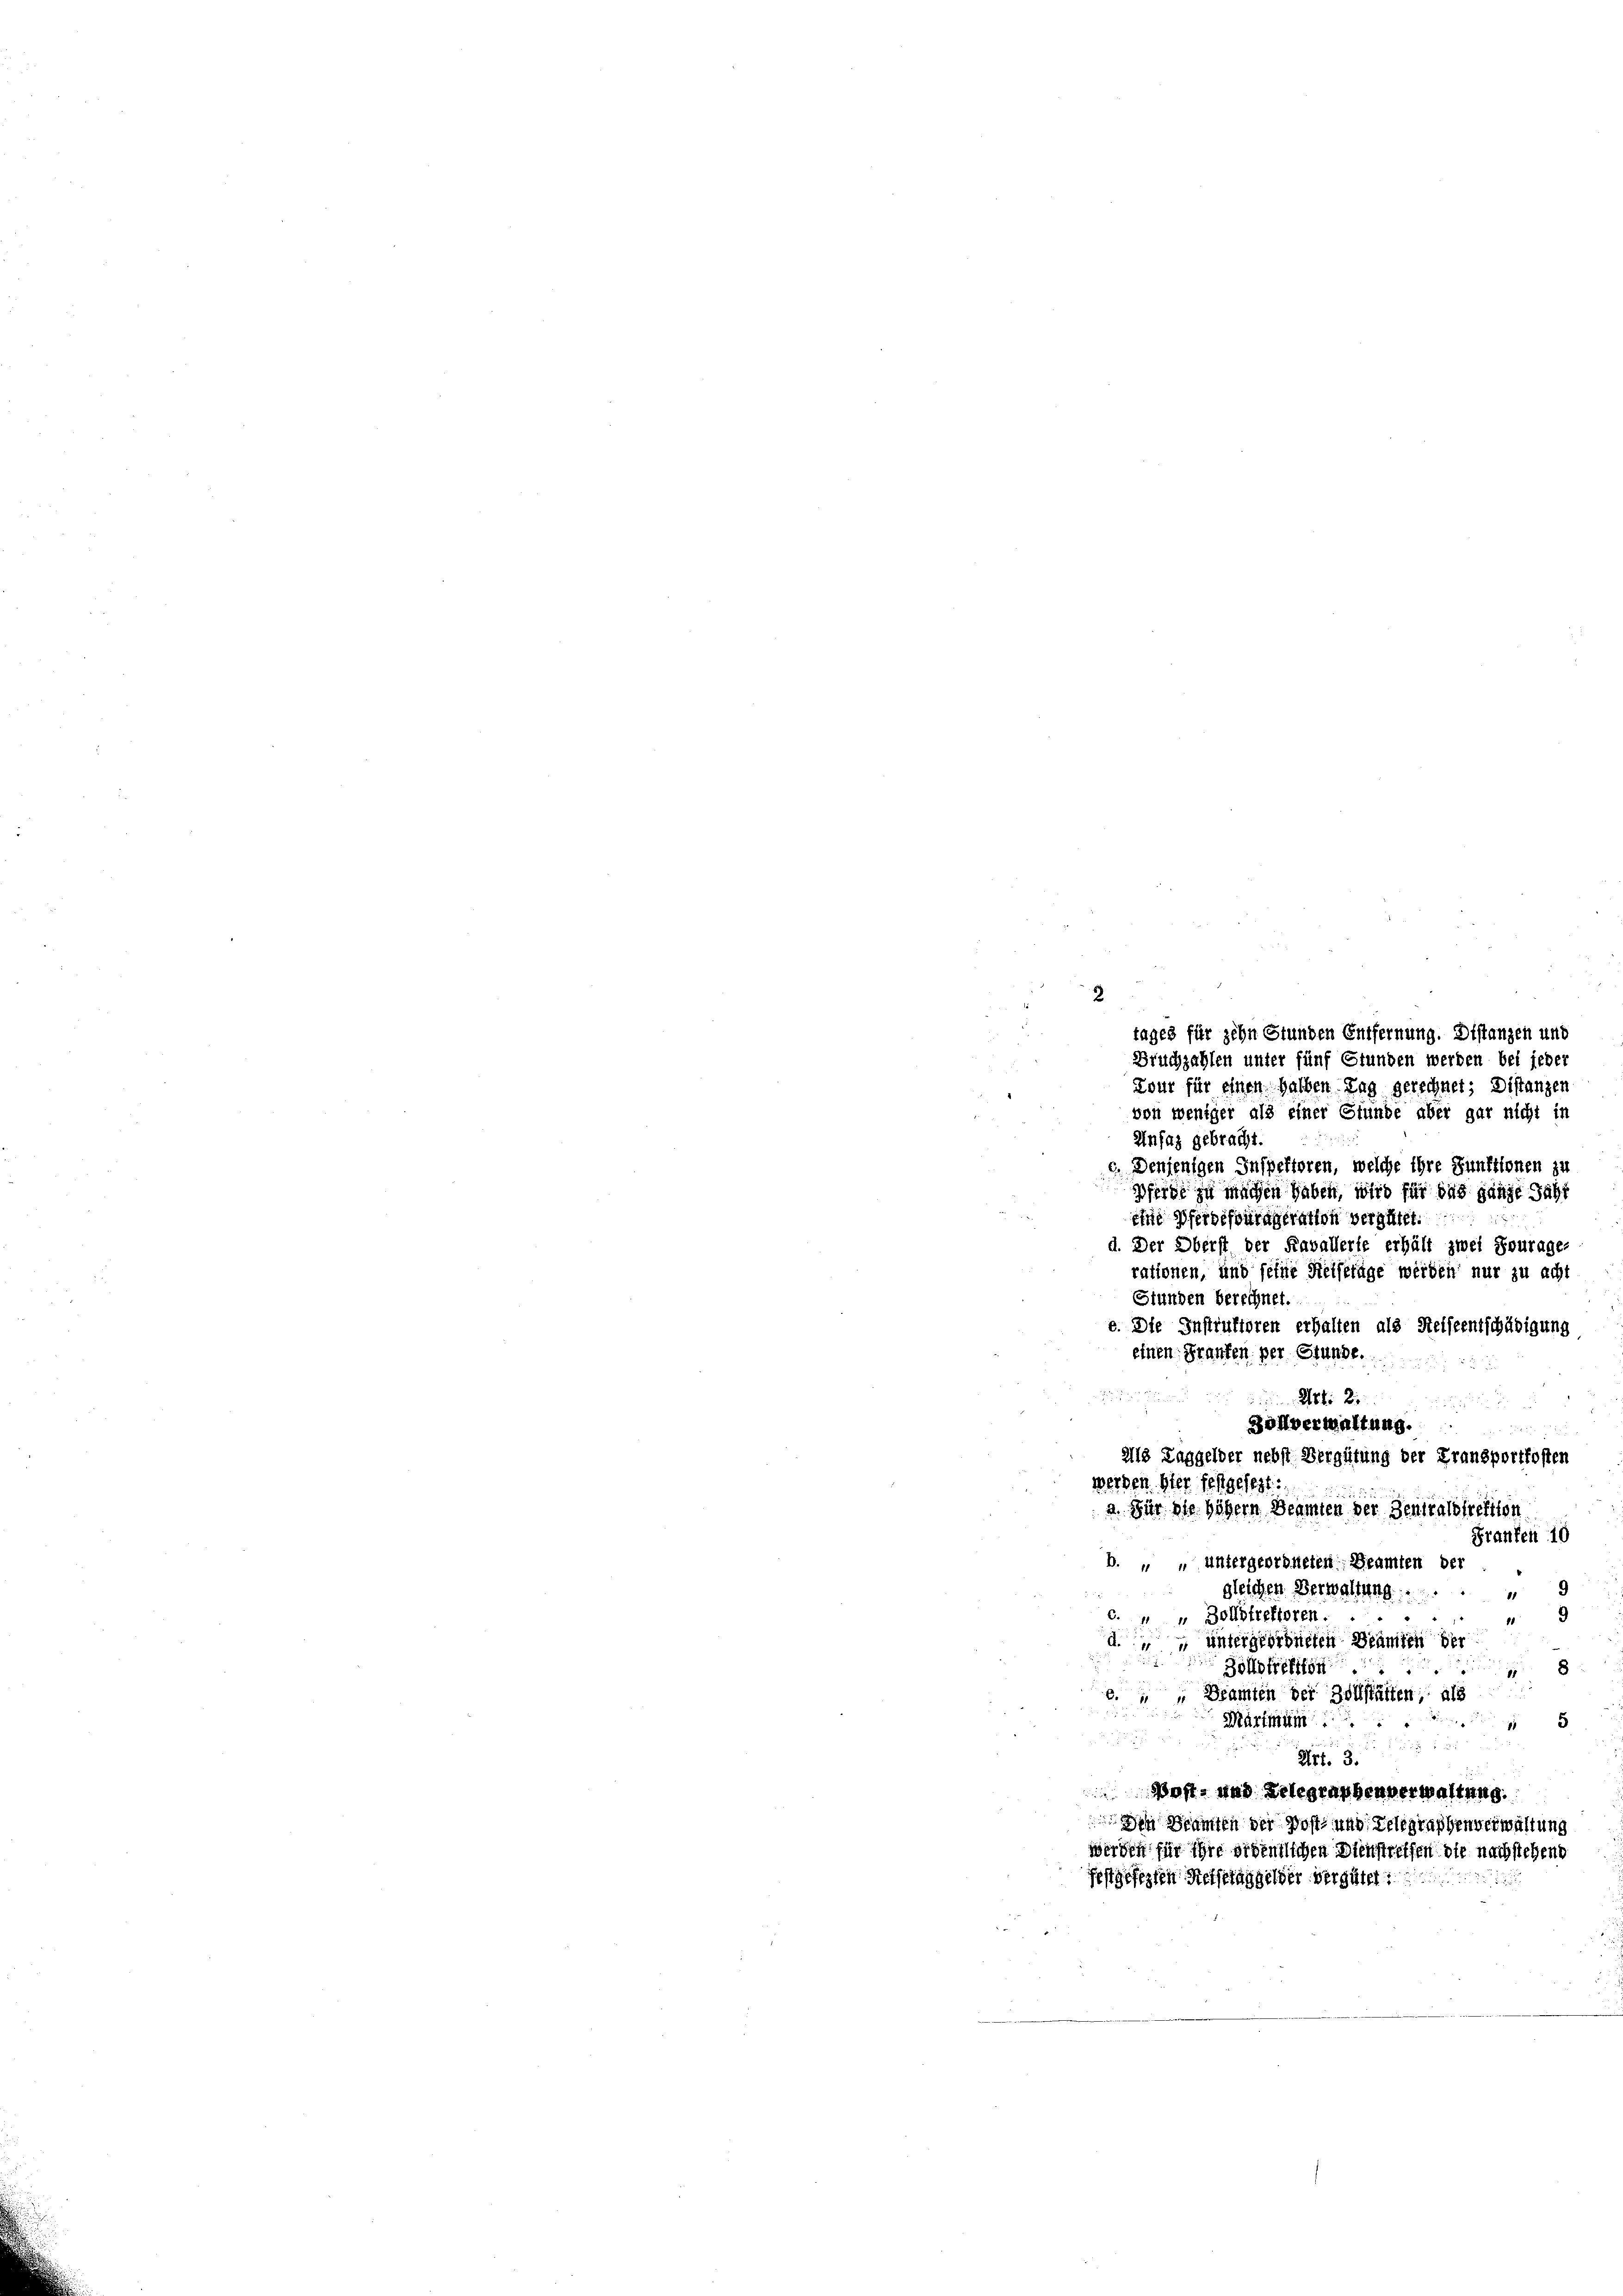
8
tages für zehn Stunden Entfernung. Distanzen und
Bruchzahlen unter fünf Stunden werden bei jeder
Zour für einen halben Tag gerechnet; Distanzen
von weniger als einer Stunde aber gar nicht in
2
Unfaz gebracht
c. Denjenigen Inspektoren, welche ihre Funktionen zu
Pferde zu machen haben, wird für das ganze Jahr
eine Pferdefourageration vergütet.
d. Der Oberst der Kavallerte erhält zwei Fourage-
rationen, und seine Steisetage werden nur zu acht
Stunden berechnet.
e. Die Instrutioren erhalten als Reiseentschädigung
Franken 10
b. " " untergeordneten Beamten der
gleichen Verwaltung
11
" Zollstreftoren.
“
11
d. untergeordneten Beamten der
Bohofreffen
8
e. " " Beamten der Zollstätten; als
Märtmum
13
“
 x
Art. 3.
Post- und Gelegraphenverwaltung.
Den Beamten der Post und Selegraphenverwaltung
werden für ihre ordentlichen Dienstreffen die nachstehend
festgesezten Rechtlaggelder vergütet.

einen Franken, per Stunde.

Ali 2

Zollverwaltung.
Als Taggelder nebst Vergütung der Fransportkosten
werden. Hier festgesezt:
a. Für die höhern Beamten der Zentralstreiften